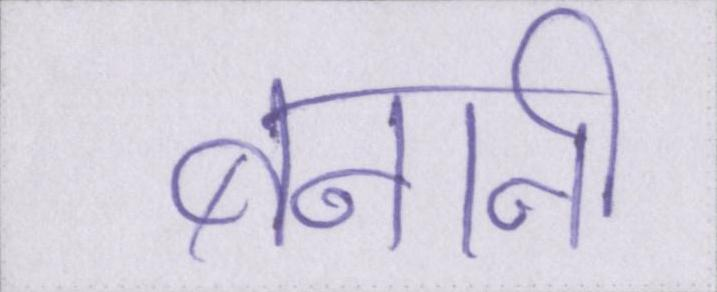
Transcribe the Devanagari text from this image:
बनानी